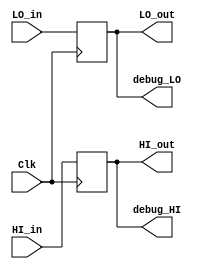
`timescale 1ns / 1ps
//////////////////////////////////////////////////////////////////////////////////
// Company: 
// 
// Design Name: 
// Module Name: HI_LO_Registers
// Project Name: 
// Target Devices: 
// Tool Versions: 
// Description: 
// 
// Dependencies: 
// 
// Revision:
// Revision 0.01 - File Created
// Additional Comments:
// 
//////////////////////////////////////////////////////////////////////////////////


module HI_LO_Registers(Clk, HI_in, LO_in, HI_out, LO_out, debug_HI, debug_LO);

    input Clk;

    (* mark_debug = "true" *) input [31:0]    HI_in, 
                    LO_in;
    
//    (* mark_debug = "true" *)   output reg [31:0]   HI_out,
//                                LO_out;

    output reg [31:0]   HI_out,
                            LO_out;



    output [31:0] debug_HI,
                  debug_LO;
    
    initial begin
        HI_out <= 0;
        LO_out <= 0;    
    end
    
    
    always @(posedge Clk) begin
        HI_out <= HI_in;
        LO_out <= LO_in;
    end
    
    assign debug_HI = HI_out;
    assign debug_LO = LO_out;
    
endmodule